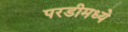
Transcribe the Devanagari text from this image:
परडीमध्ये